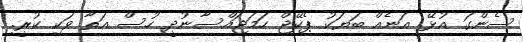
ސެންގަ އުޅޭ. އަނެއް ބަޔަކު ޕެކޭޖް ހަމަޖައްސާނުދީ ހުސް އަތާ ވަކި ކުރީ.